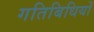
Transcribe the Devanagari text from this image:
गतिबिधियों